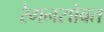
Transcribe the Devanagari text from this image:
रेगनसोबत